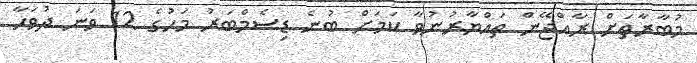
މުބާރާތަށް ރާއްޖޭން ތައްޔާރުނުވާ ކަމަށް ބުނެ ޑިސެމްބަރު މަހުގެ 12 ވަނަ ދުވަހާ